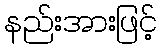
နည်းအားဖြင့်